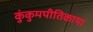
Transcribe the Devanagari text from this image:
कुंकुमपीतिकाया